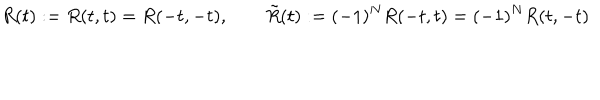
LaTeX: R ( t ) : = R ( t , t ) = R ( - t , - t ) , \qquad \tilde { R } ( t ) : = ( - 1 ) ^ { N } R ( - t , t ) = ( - 1 ) ^ { N } R ( t , - t )